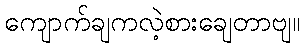
ကျောက်ချကလဲ့စားချေတာဗျ။